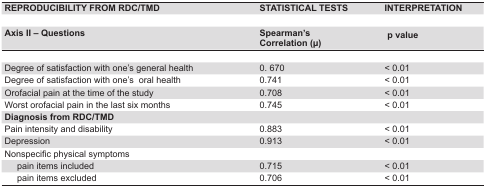
<table><thead><tr><td><b>REPRODUCIBILITY FROM RDC/TMD </b></td><td><b>STATISTICAL TESTS </b></td><td><b>INTERPRETATION </b></td></tr><tr><td><b> </b></td><td><b> </b></td><td><b> </b></td></tr><tr><td><b>Axis II - Questions</b></td><td><b>Spearman&#x27;s Correlation (μ)</b></td><td><b>p value</b></td></tr></thead><tbody><tr><td> </td><td> </td><td> </td></tr><tr><td>Degree of satisfaction with one&#x27;s general health</td><td>0. 670</td><td>&lt; 0.01</td></tr><tr><td>Degree of satisfaction with one&#x27;s oral health</td><td>0.741</td><td>&lt; 0.01</td></tr><tr><td>Orofacial pain at the time of the study</td><td>0.708</td><td>&lt; 0.01</td></tr><tr><td>Worst orofacial pain in the last six months</td><td>0.745</td><td>&lt; 0.01</td></tr><tr><td><b>Diagnosis from RDC/TMD</b></td><td> </td><td> </td></tr><tr><td>Pain intensity and disability</td><td>0.883</td><td>&lt; 0.01</td></tr><tr><td>Depression</td><td>0.913</td><td>&lt; 0.01</td></tr><tr><td>Nonspecific physical symptoms</td><td> </td><td> </td></tr><tr><td>pain items included</td><td>0.715</td><td>&lt; 0.01</td></tr><tr><td>pain items excluded</td><td>0.706</td><td>&lt; 0.01</td></tr></tbody></table>